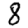
Digit: 8